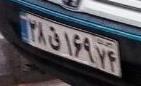
۲۸ق۱۶۹۷۴